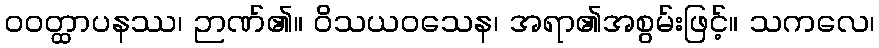
ဝဝတ္ထာပနဿ၊ ဉာဏ်၏။ ဝိသယဝသေန၊ အရာ၏အစွမ်းဖြင့်။ သကလေ၊